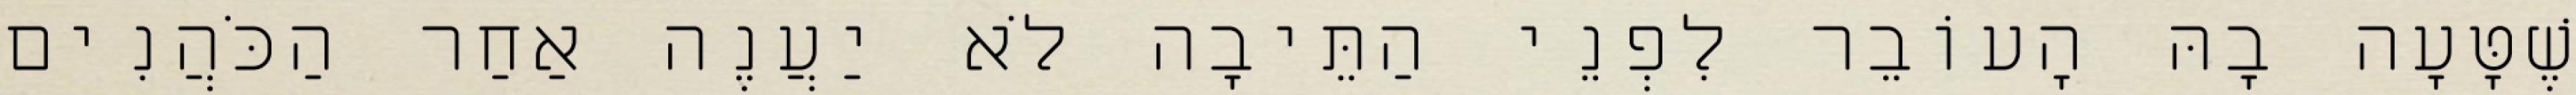
שֶׁטָּעָה בָהּ הָעוֹבֵר לִפְנֵי הַתֵּיבָה לֹא יַעֲנֶה אַחַר הַכֹּהֲנִים